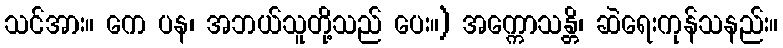
သင်အား။ ကေ ပန၊ အဘယ်သူတို့သည် ပေး။) အက္ကောသန္တိ၊ ဆဲရေးကုန်သနည်း။